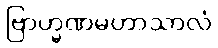
ဗြာဟ္မဏမဟာသာလံ